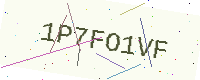
Text: 1P7FO1VF